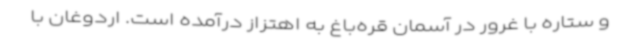
و ستاره با غرور در آسمان قره‌باغ به اهتزاز درآمده است. اردوغان با